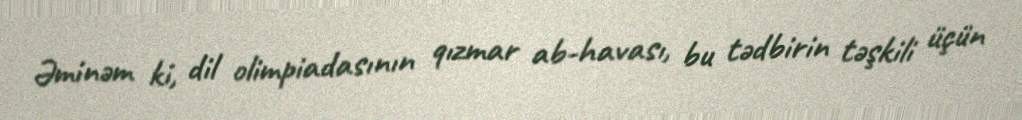
Əminəm ki, dil olimpiadasının qızmar ab-havası, bu tədbirin təşkili üçün